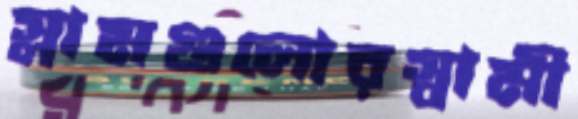
স্লামগুলোরস্বামী